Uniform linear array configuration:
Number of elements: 4
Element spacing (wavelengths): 0.75
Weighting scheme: blackman
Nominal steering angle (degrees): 0
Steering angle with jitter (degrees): -0.8186
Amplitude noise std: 0.05
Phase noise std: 0.05

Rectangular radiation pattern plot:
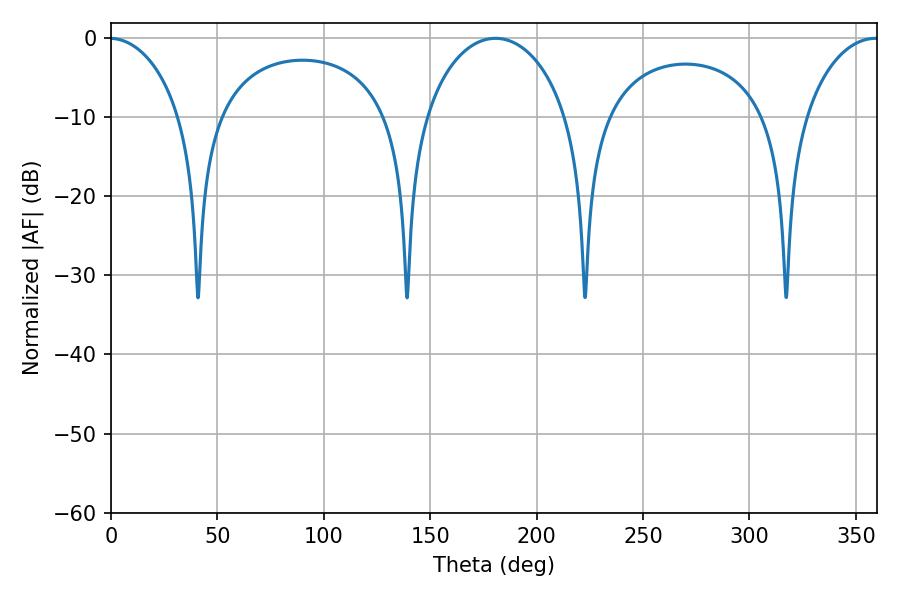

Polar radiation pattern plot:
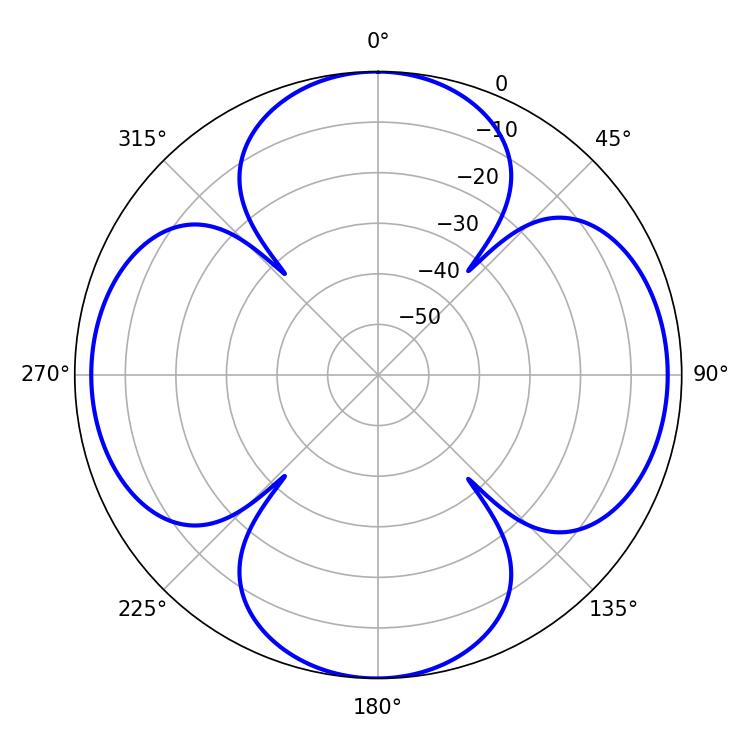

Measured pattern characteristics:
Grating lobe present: TRUE
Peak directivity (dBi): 16.004
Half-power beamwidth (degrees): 38.88
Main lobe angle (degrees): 180.72